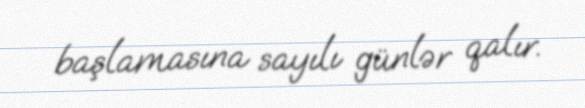
başlamasına sayılı günlər qalır.